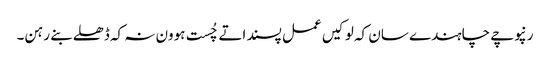
رنپوچے چاہندے سان کہ لوکیں عمل پسند اتے چُست ہوون نہ کہ ڈھلے بنے رہن۔